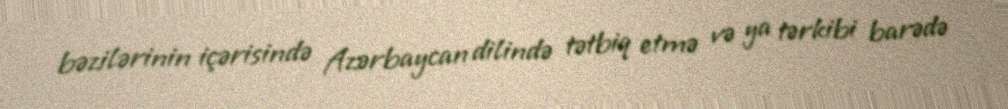
bəzilərinin içərisində Azərbaycan dilində tətbiq etmə və ya tərkibi barədə